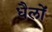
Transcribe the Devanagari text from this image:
धैलों